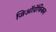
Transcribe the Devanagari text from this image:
जिऑग्रॅफिकल